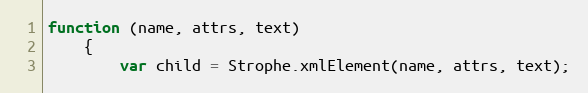
Language: JavaScript
function (name, attrs, text)
    {
        var child = Strophe.xmlElement(name, attrs, text);